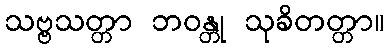
သဗ္ဗသတ္တာ ဘဝန္တု သုခိတတ္တာ။